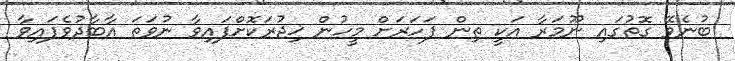
ބުނެވޭ ގޮތުގައި ނޫމަރާ އަކީ ތިން ފަހަރަށް މީހުން ޚިޖުރަކޮށްފައިވާ ނުވަތަ އާބާދުވެފައިވާ